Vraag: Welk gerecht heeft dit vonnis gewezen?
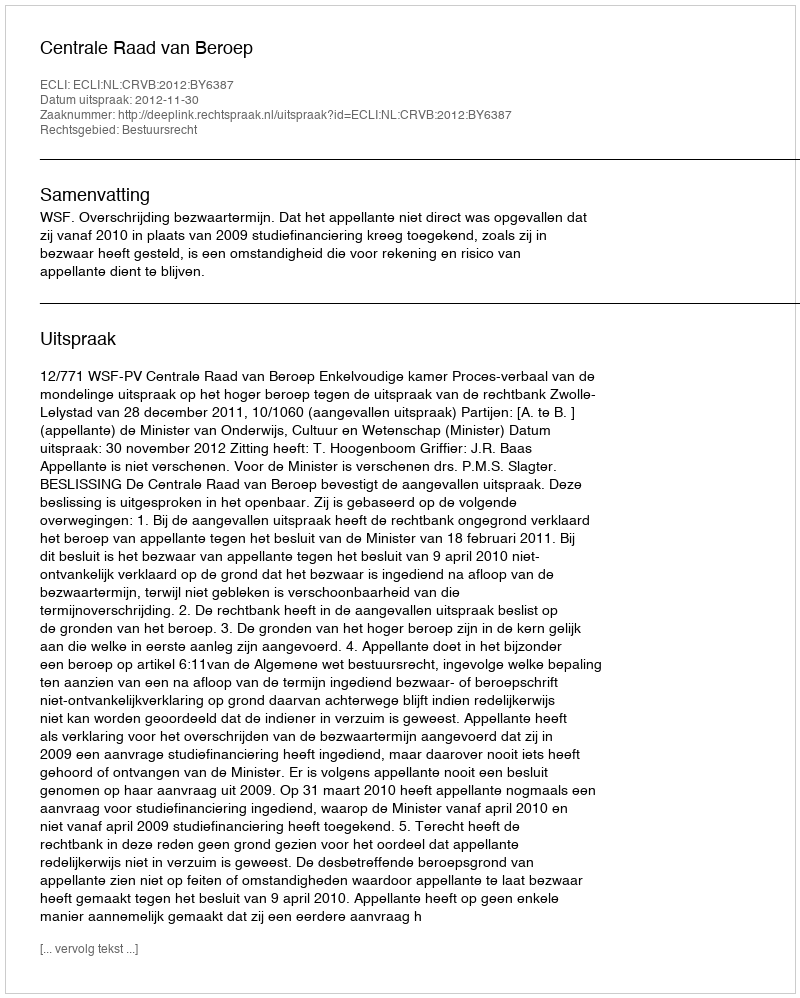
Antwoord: Centrale Raad van Beroep